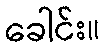
ခေါင်း။